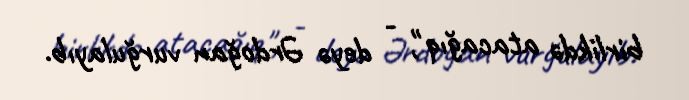
birlikdə atacağıq", - deyə Ərdoğan vurğulayıb.